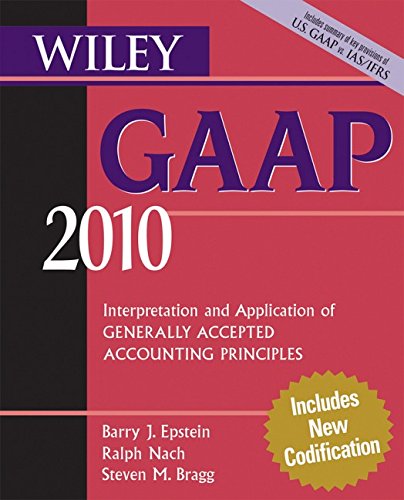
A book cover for Wiley GAAP 2010: Interpretation and Application of Generally Accepted Accounting Principles (Wiley GAAP: Interpretation & Application of Generally Accepted Accounting Principles); Barry J. Epstein; Business & Money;